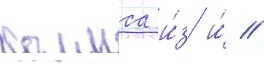
холмса и́з и́ //